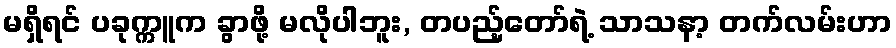
မရှိရင် ပခုက္ကူက ခွာဖို့ မလိုပါဘူး, တပည့်တော်ရဲ့ သာသနာ့ တက်လမ်းဟာ